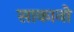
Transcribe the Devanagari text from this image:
साकानो